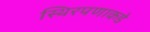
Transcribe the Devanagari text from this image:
स्थिरपणाकडे